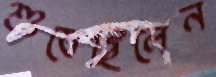
শুষেছিলেন